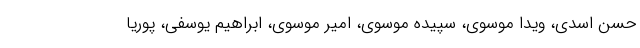
حسن اسدی، ویدا موسوی، سپیده موسوی، امیر موسوی، ابراهیم یوسفی، پوریا